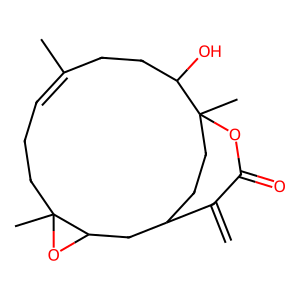
SMILES: C=C1C(=O)OC2(C)CCC1CC1OC1(C)CCC=C(C)CCC2O
Inhibits HIV replication: No